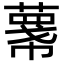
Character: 𢅓